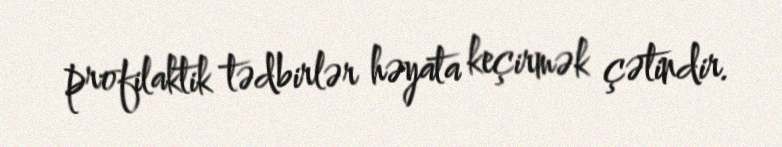
profilaktik tədbirlər həyata keçirmək çətindir.